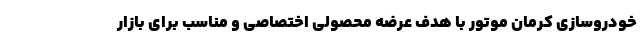
خودروسازی کرمان موتور با هدف عرضه محصولی اختصاصی و مناسب برای بازار